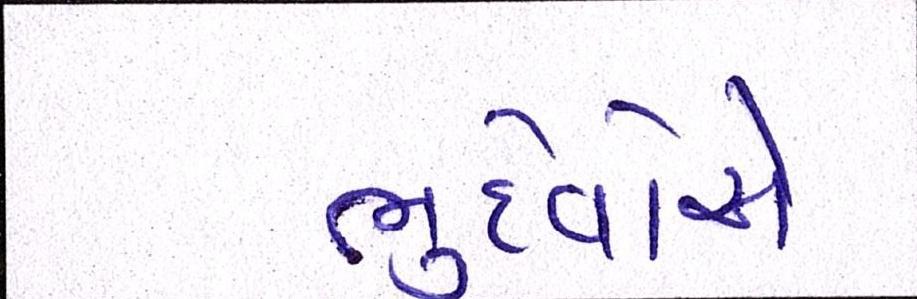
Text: ભુદેવોએ